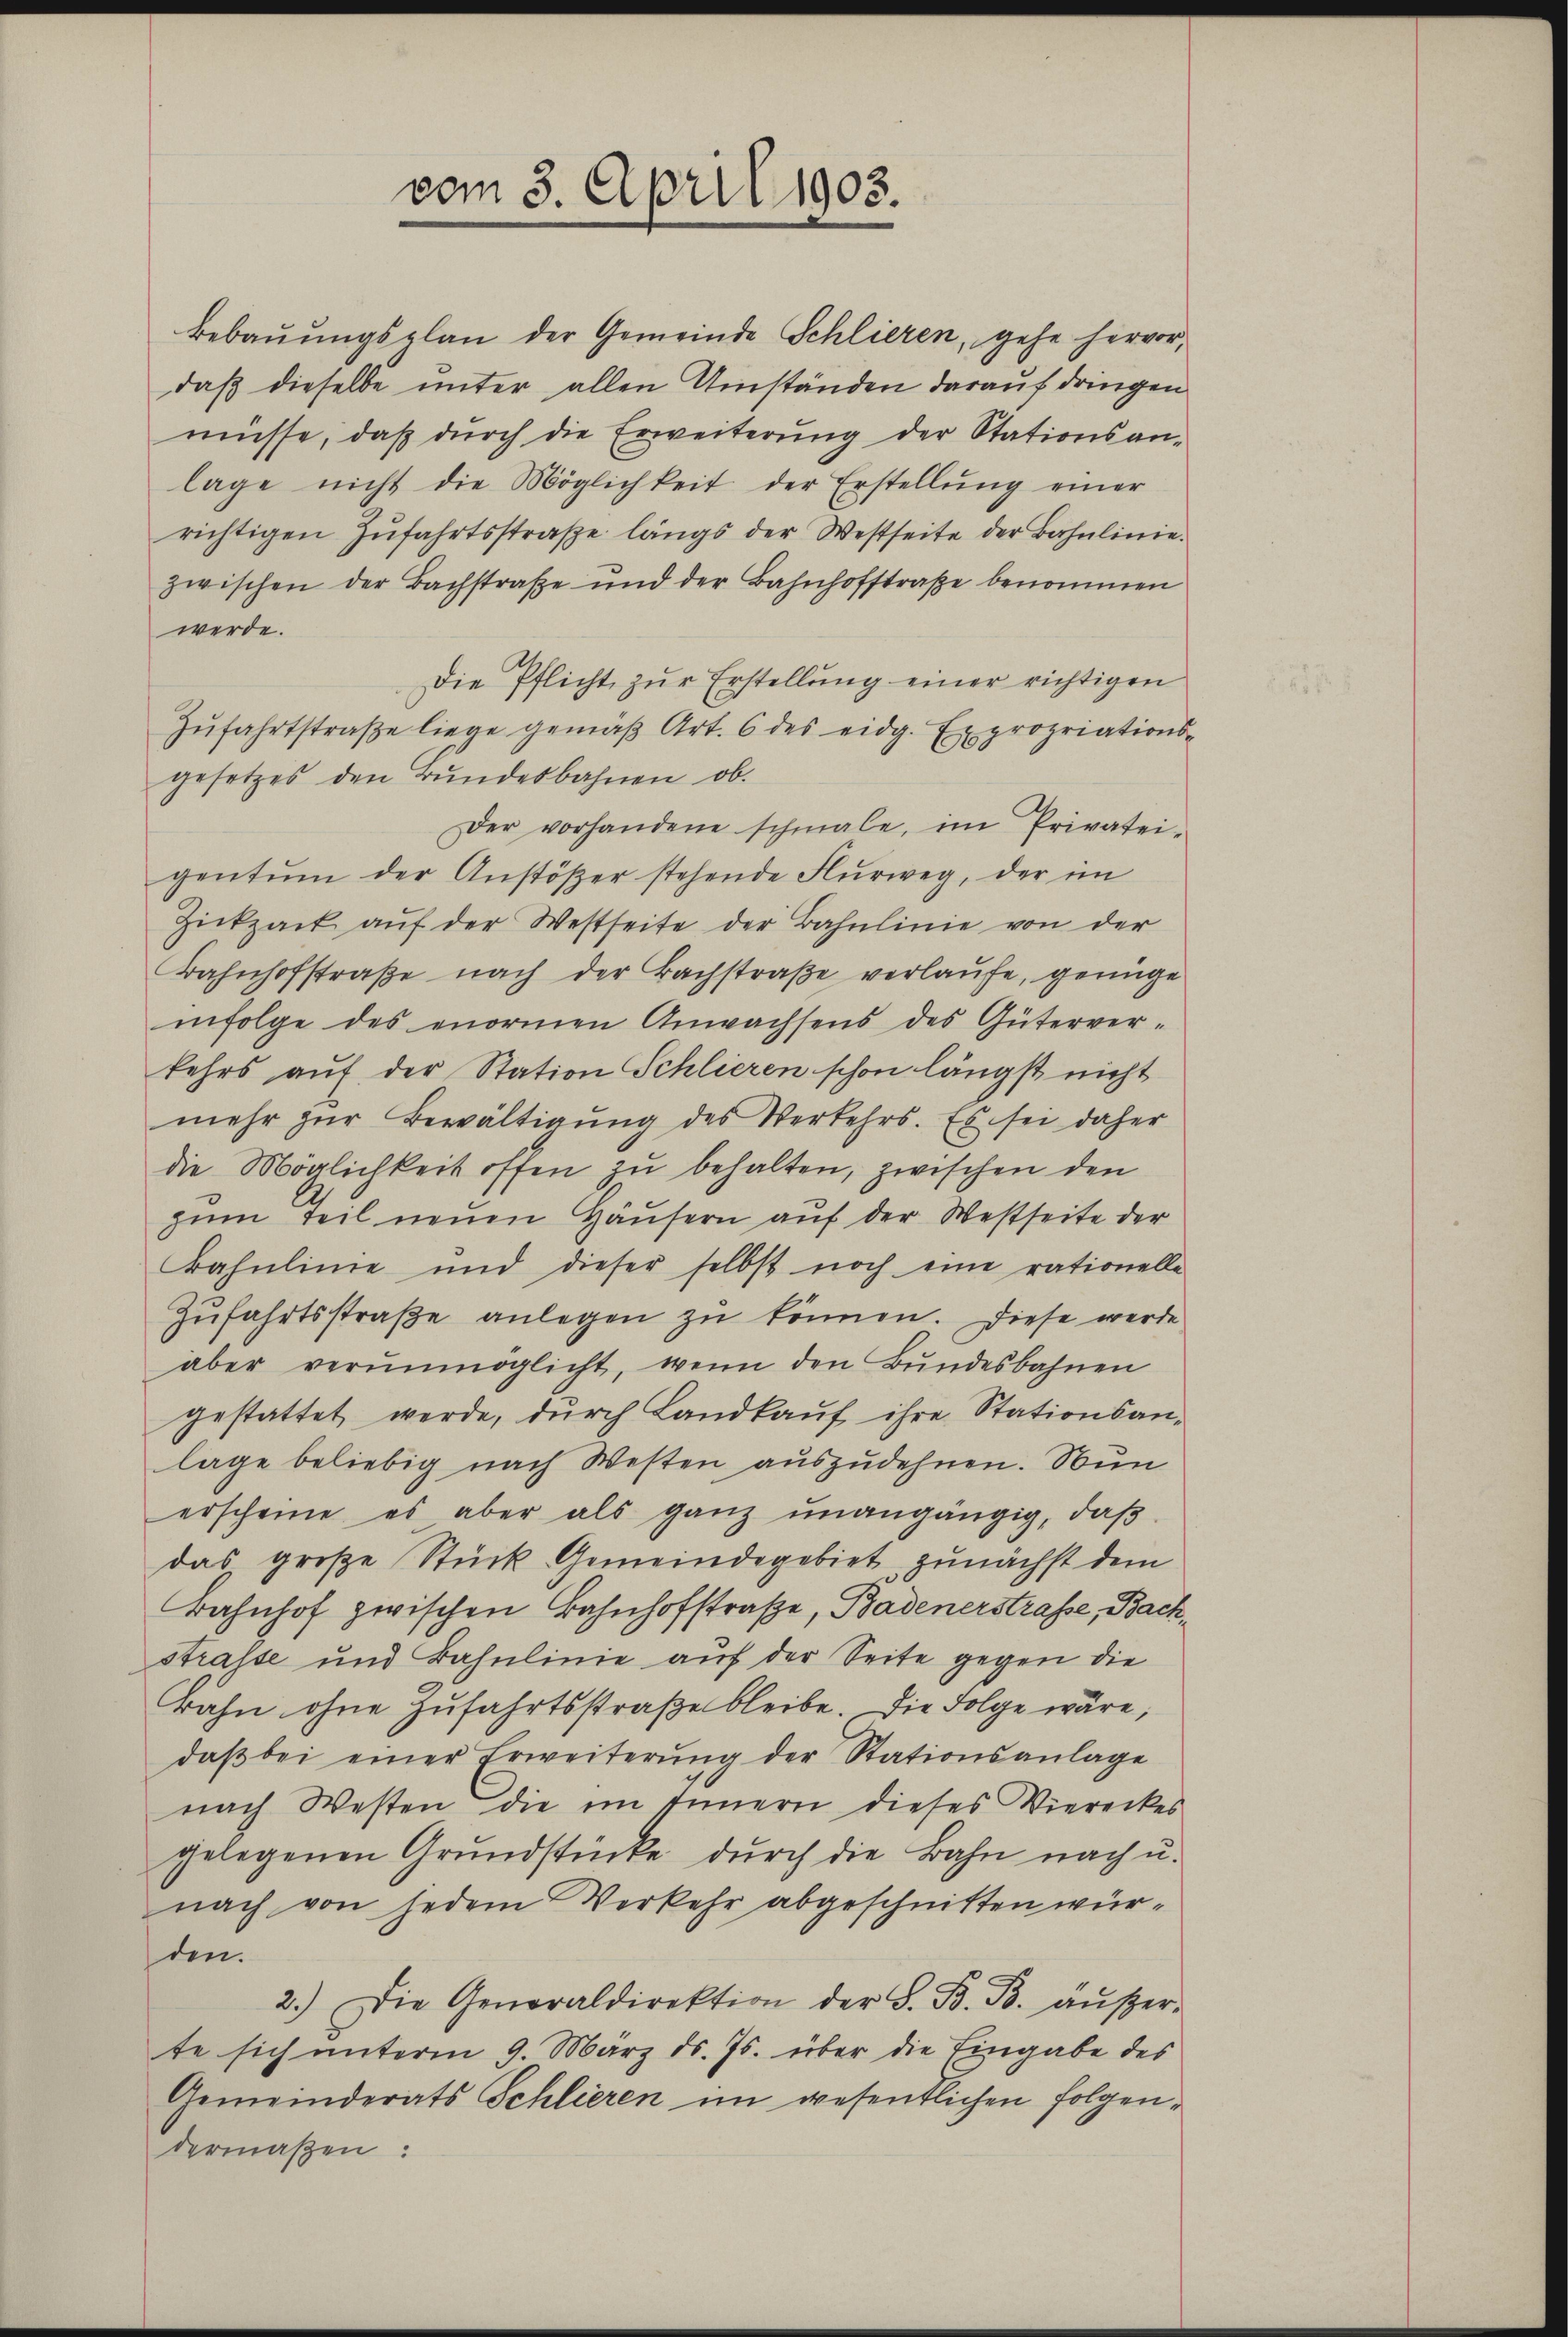
vom 3. April 1903.

Bebaŭŭngsplan der Gemeinde Schlieren, gehe hervor,
daß dieselbe unter allen Umständen darauf dringen
müsse, daß durch die Erweiterung der Stationsanlage nicht die Möglichkeit der Erstellŭng einer
richtigen Zŭfahrtsstraße längs der Westseite der Bahnlinie.
zwischen der Bachstraβe und der Bahnhofstraße benommen
werde.
Die Pflicht zŭr Erstellung einer richtigen
Zŭfahrtstraβe liege gemäβ Art. 6 des eidg. Expropriations-
gesetzes den Bŭndesbahnen ob.
Der vorhandene schmale, im Privatei-
gentum der Anstöβer stehende Flurweg, der im
Zickzack aŭf der Westseite der Bahnlinie von der
Bahnhofstraße nach der Bachstraße verlaufe, genüge
infolge des enormen Anwachsens des Güterver-
kehrs auf der Station Schlieren schon längst nicht
mehr zŭr Bewältigŭng des Verkehrs. Es sei daher
die Möglichkeit offen zu behalten, zwischen den
zum Teil neuen Häusern auf der Westseite der
Bahnlinie und dieser selbst noch eine rationelle
Zŭfahrtsstraße anlegen zu können. Diese werde
aber verunmöglicht, wenn den Bundesbahnen
gestattet werde, durch Landkauf ihre Stationsanlage beliebig nach Westen auszudehnen. Nun
erscheine es aber als ganz unangängig, daβ
das große Stück Gemeindegebiet zunächst dem
Bahnhof zwischen Bahnhofstraße, Badenerstrafe, Bachstrasse und Bahnlinie auf der Seite gegen die
Bahn ohne Zufahrtsstraße bleibe. Die Folge wäre,
daβ bei einer Erweiterŭng der Stationsanlage
nach Westen die im Innern dieses Viereckes
gelegenen Grundstücke durch die Bahn nach u.
nach von jedem Verkehr abgeschnitten würden.
2.) Die Generaldirektion der S. B. B. äŭβer-
te sich ŭnterm 9. März d. Js. über die Eingabe des
Gemeinderats Schlieren im wesentlichen folgendermaßen: